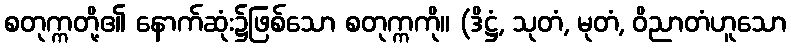
စတုက္ကတို့၏ နောက်ဆုံး၌ဖြစ်သော စတုက္ကကို။ (ဒိဋ္ဌံ, သုတံ, မုတံ, ဝိညာတံဟူသော